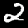
Label: 2